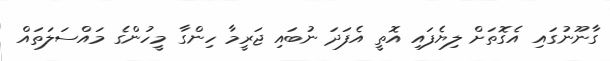
ގާނޫނުގައި އެގޮތަށް ލިޔެފައި އޮތީ އެފަދަ ނުބައި ޖަރީމާ ހިންގާ މީހުންގެ މައްސަލަތައް